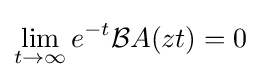
\lim _{t\rightarrow \infty }e^{-t}{\mathcal {B}}A(zt)=0